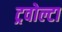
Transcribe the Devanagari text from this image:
ट्रवोल्टा